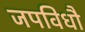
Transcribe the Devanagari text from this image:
जपविधौ